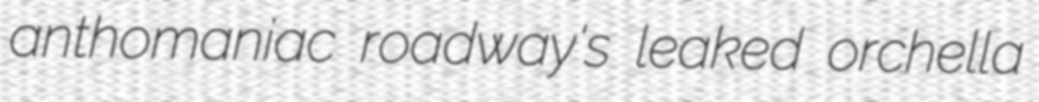
anthomaniac roadway's leaked orchella